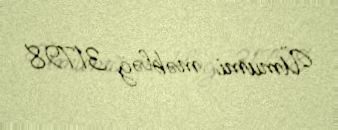
Ümumi məbləğ 31798